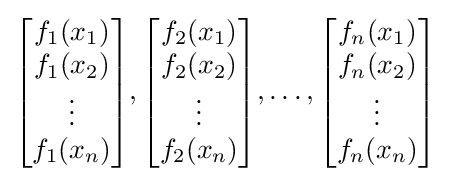
{\begin{bmatrix}f_{1}(x_{1})\\f_{1}(x_{2})\\\vdots \\f_{1}(x_{n})\end{bmatrix}},{\begin{bmatrix}f_{2}(x_{1})\\f_{2}(x_{2})\\\vdots \\f_{2}(x_{n})\end{bmatrix}},\dots ,{\begin{bmatrix}f_{n}(x_{1})\\f_{n}(x_{2})\\\vdots \\f_{n}(x_{n})\end{bmatrix}}